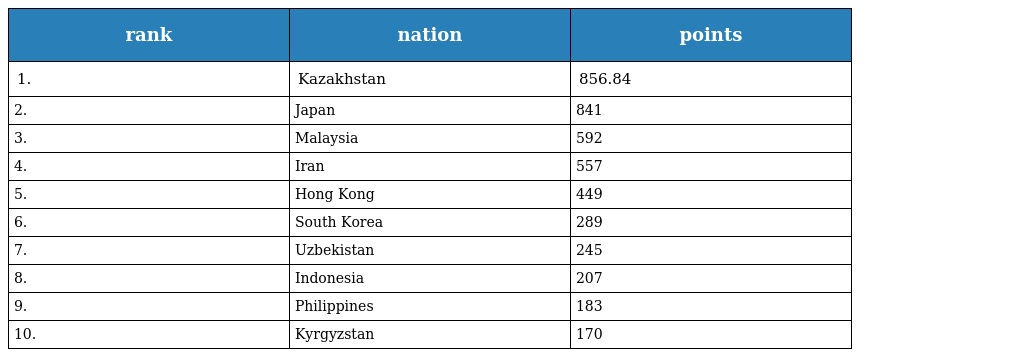
| rank | nation | points |
 | --- | --- | --- |
 | 1. | Kazakhstan | 856.84 |
 | 2. | Japan | 841 |
 | 3. | Malaysia | 592 |
 | 4. | Iran | 557 |
 | 5. | Hong Kong | 449 |
 | 6. | South Korea | 289 |
 | 7. | Uzbekistan | 245 |
 | 8. | Indonesia | 207 |
 | 9. | Philippines | 183 |
 | 10. | Kyrgyzstan | 170 |